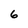
Character: 6